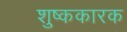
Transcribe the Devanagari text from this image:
शुष्ककारक